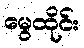
မွေထိုင်း